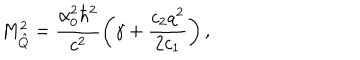
M _ { \hat { Q } } ^ { 2 } = \frac { \alpha _ { 0 } ^ { 2 } \hbar ^ { 2 } } { c ^ { 2 } } \left( \gamma + \frac { c _ { 2 } q ^ { 2 } } { 2 c _ { 1 } } \right) ,